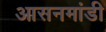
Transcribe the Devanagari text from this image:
आसनमांडी